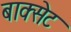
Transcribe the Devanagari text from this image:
बाक्सेट